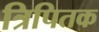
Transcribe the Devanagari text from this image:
त्रिपितक